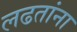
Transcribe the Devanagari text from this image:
लढतांना